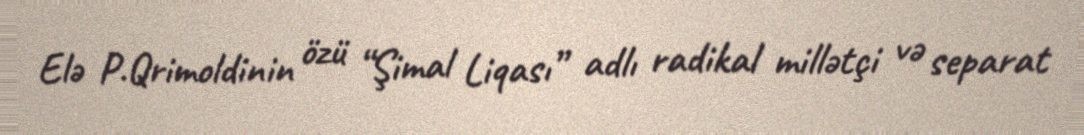
Elə P.Qrimoldinin özü “Şimal Liqası” adlı radikal millətçi və separat